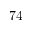
7 4